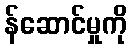
န်ဆောင်မှုကို